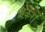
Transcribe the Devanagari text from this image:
ज़केरो